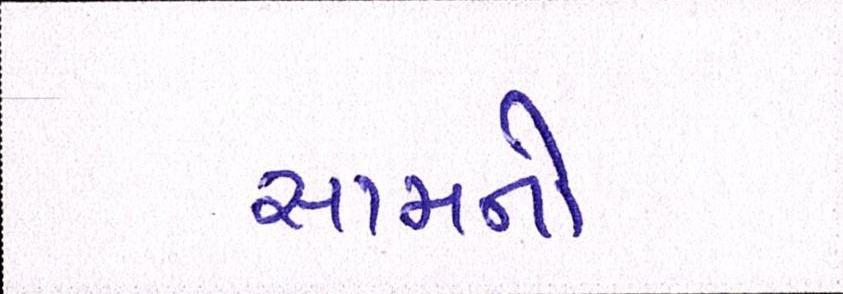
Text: સામનો